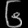
Digit: ၆